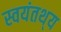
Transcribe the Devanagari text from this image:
स्वयंतथ्‌य